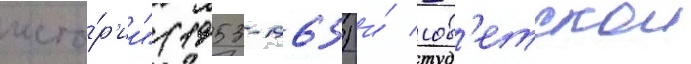
исто́р'ии" (1953-1965) и́ сов'етскои